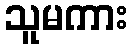
သူမကား